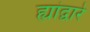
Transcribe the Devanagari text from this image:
ह्यांद्वारे